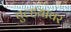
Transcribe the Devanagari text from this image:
चुल्हयावर